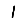
Digit: 1